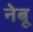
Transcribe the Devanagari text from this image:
नेबू